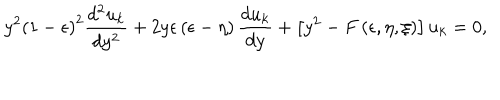
LaTeX: y ^ { 2 } \left( 1 - \epsilon \right) ^ { 2 } { \frac { d ^ { 2 } u _ { k } } { d y ^ { 2 } } } + 2 y \epsilon \left( \epsilon - \eta \right) { \frac { d u _ { k } } { d y } } + \left[ y ^ { 2 } - F \left( \epsilon , \eta , \xi \right) \right] u _ { k } = 0 ,